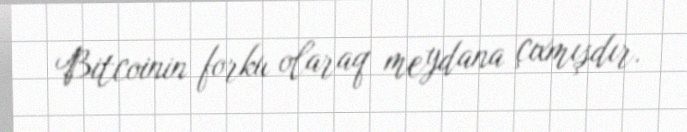
Bitcoinin forku olaraq meydana çıxmışdır.